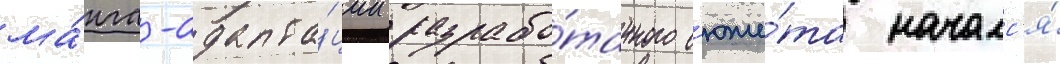
ма́нга-адапта́ции разрабо́танного с'юже́та началс'я́